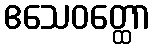
ဧသေဝတ္ထော